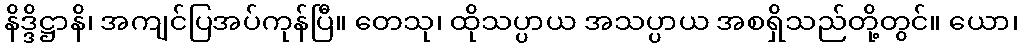
နိဒ္ဒိဋ္ဌာနိ၊ အကျင်ပြအပ်ကုန်ပြီ။ တေသု၊ ထိုသပ္ပာယ အသပ္ပာယ အစရှိသည်တို့တွင်။ ယော၊